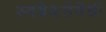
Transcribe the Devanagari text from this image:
स्वदेशसेवेची